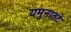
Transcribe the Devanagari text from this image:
यमुनातटे